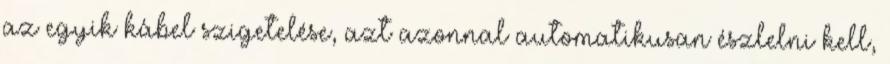
az egyik kábel szigetelése, azt azonnal automatikusan észlelni kell,